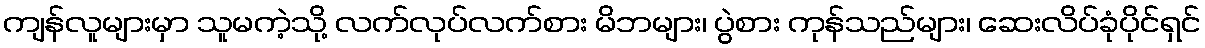
ကျန်လူများမှာ သူမကဲ့သို့ လက်လုပ်လက်စား မိဘများ၊ ပွဲစား ကုန်သည်များ၊ ဆေးလိပ်ခုံပိုင်ရှင်